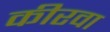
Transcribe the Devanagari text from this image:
कीरवा